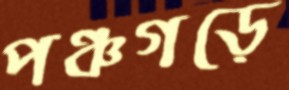
পঞ্চগড়ে